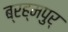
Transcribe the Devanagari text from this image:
ब्रह्मपुर्